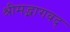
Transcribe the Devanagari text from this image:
श्रीमद्भागवद्